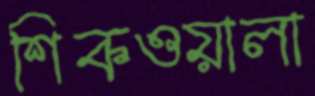
শিকওয়ালা